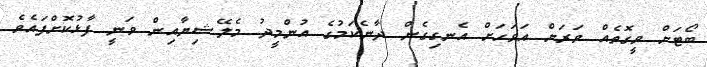
ބޯޓަށް ވީގޮތެއް ވަރަށް އަވަހަށް އެނގިގެން ދާނެކަމުގެ އުންމީދު މެލޭޝިޔާއިން ވަނީ ފާޅުކޮށްފައެވެ.